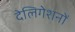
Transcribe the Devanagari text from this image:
देलिगेशनों